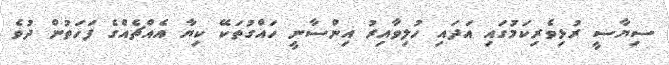
ސިޔާސީ ރުޅިވެރިކަމުގައި އަދައި ހުލިވާއިރު އިންސާނީ ހައްގުތަކޭ ކިޔާ އެއްޗެއްގެ ފަހަތުން ދުވެ